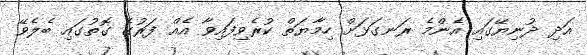
އަދި ދުނިޔޭގައި އެންމެ ރަނގަޅަށް ހިމާޔަތް ކުރެވިފައިވާ އެއް ފަރުގެ ގޮތުގައި ބެލެވޭ